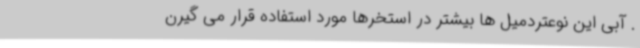
. آبی این نوعتردمیل ها بیشتر در استخرها مورد استفاده قرار می گیرن